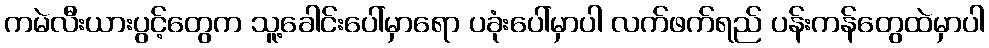
ကမဲလီးယားပွင့်တွေက သူ့ခေါင်းပေါ်မှာရော ပခုံးပေါ်မှာပါ လက်ဖက်ရည် ပန်းကန်တွေထဲမှာပါ